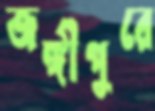
জঙ্গীপুরে